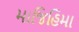
માજિહિમા